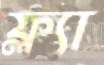
ফ্ল্যা